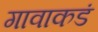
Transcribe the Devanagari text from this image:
गावाकडं